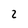
Character: 2